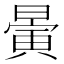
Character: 𣊇